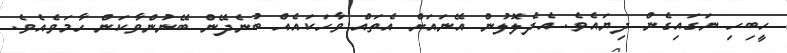
ހީބިހި ނަގައިގެން ދިޔައެވެ. އެދެލޮލުން އޭނައަށް އެތައް ވާހަކައެއް ބުނެދޭން ބޭނުންވާކަން ހާމަވެއެވެ.